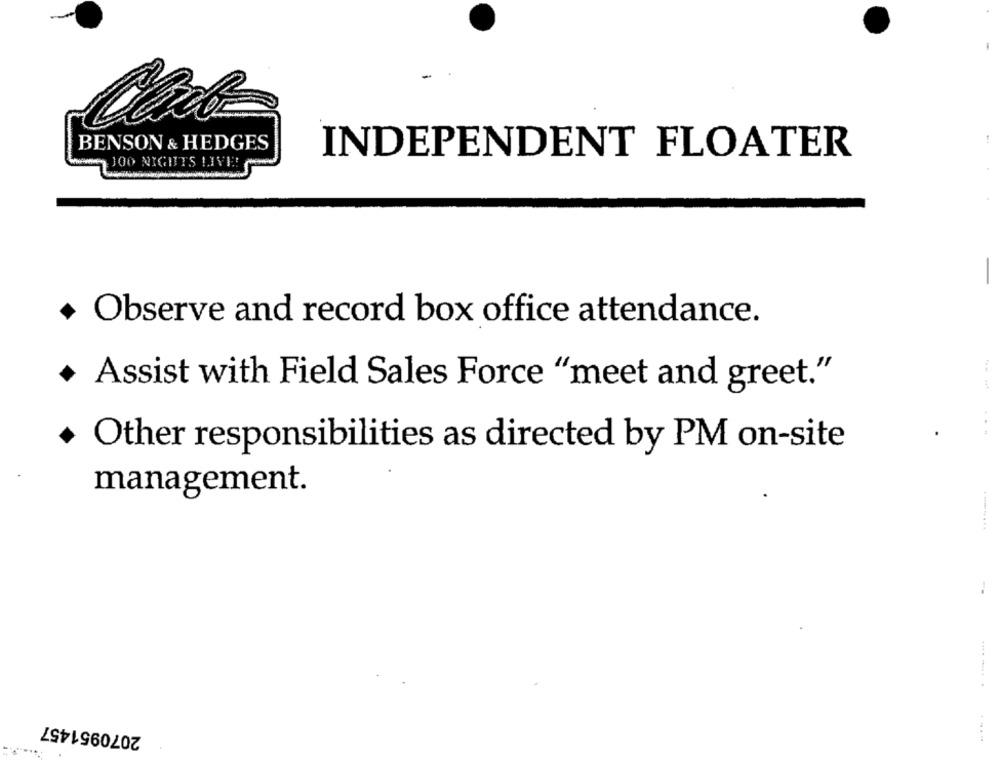
BENSON & HEDGES
INDEPENDENT FLOATER
JOO NIGHTS LIVE!
+ Observe and record box office attendance.
. Assist with Field Sales Force "meet and greet."
Other responsibilities as directed by PM on-site
management.
.-....
..... ..... .
2070951457